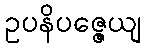
ဥပနိပဇ္ဇေယျ